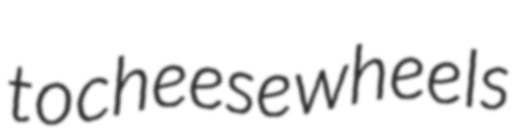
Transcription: to cheese wheels